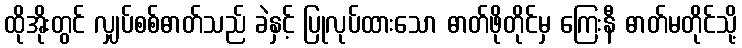
ထိုအိုးတွင် လျှပ်စစ်ဓာတ်သည် ခဲနှင့် ပြုလုပ်ထားသော ဓာတ်ဖိုတိုင်မှ ကြေးနီ ဓာတ်မတိုင်သို့